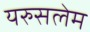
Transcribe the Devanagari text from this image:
यरुसलेम